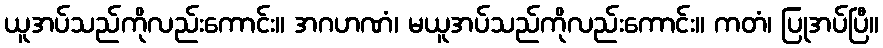
ယူအပ်သည်ကိုလည်းကောင်း။ အဂဟဏံ၊ မယူအပ်သည်ကိုလည်းကောင်း။ ကတံ၊ ပြုအပ်ပြီ။